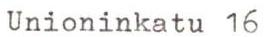
Unioninkatu 16